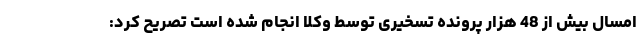
امسال بیش از 48 هزار پرونده تسخیری توسط وکلا انجام شده است تصریح کرد: